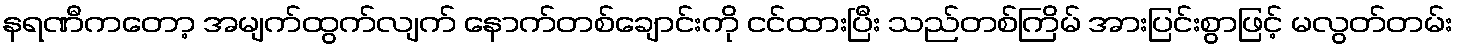
နရဏီကတော့ အမျက်ထွက်လျက် နောက်တစ်ချောင်းကို ငင်ထားပြီး သည်တစ်ကြိမ် အားပြင်းစွာဖြင့် မလွတ်တမ်း